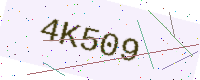
Text: 4K509